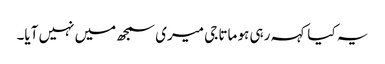
یہ کیا کہہ رہی ہو ماتا جی میری سمجھ میں نہیں آیا۔